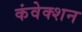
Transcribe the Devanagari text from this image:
कंवेक्शन